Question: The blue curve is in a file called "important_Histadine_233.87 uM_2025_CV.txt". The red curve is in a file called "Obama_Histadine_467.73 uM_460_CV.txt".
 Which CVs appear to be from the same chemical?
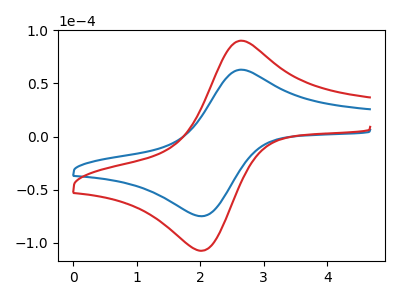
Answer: <think>The blue curve "Histadine_233.87 uM" has an anodic peak at (2.65V, 63.00uA) and a cathodic peak at (2.00V, -74.90uA). The red curve "Histadine_467.73 uM" has an anodic peak at (2.65V, 90.30uA) and a cathodic peak at (2.00V, -107.40uA).
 All the peaks in "Histadine_233.87 uM" have a peak in "Histadine_467.73 uM" at the same potential. Every peak in "Histadine_233.87 uM" is lower than every peak in "Histadine_467.73 uM".</think>
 <answer>"Histadine_233.87 uM" and "Histadine_467.73 uM" have the same shape and are likely CV's of the same chemical.</answer>
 <eval>"Histadine_233.87 uM" "Histadine_467.73 uM"</eval>